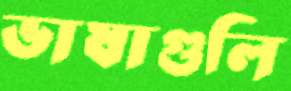
ভাষাগুলি